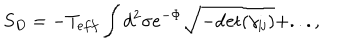
S _ { D } = - T _ { e f f } \int d ^ { 2 } \sigma e ^ { - \Phi } \sqrt { - \mathrm { d e t } ( \gamma _ { i j } ) } + . . . ,